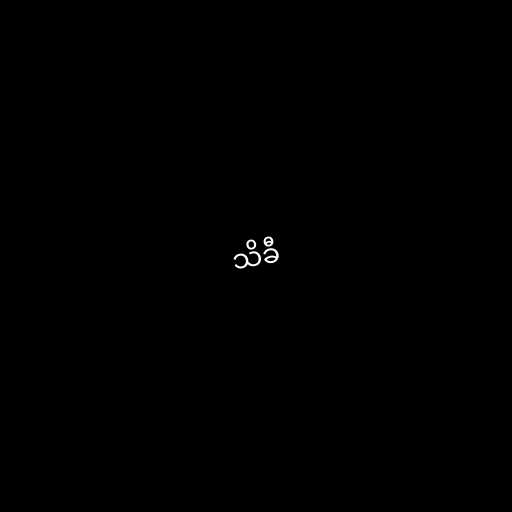
သိခီ